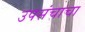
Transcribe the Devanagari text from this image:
उपसंचाचा